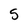
Character: 5